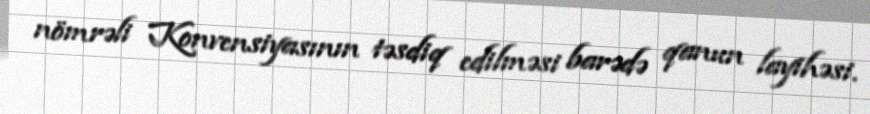
nömrəli Konvensiyasının təsdiq edilməsi barədə qanun layihəsi.